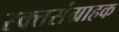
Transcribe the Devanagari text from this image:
रक्तसंग्राहक